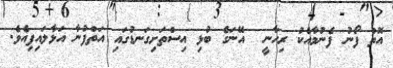
އޮތް ފޯނު ފެނުމާއެކު ރިހާނީ  އޭނަގެ ބުޅި އިސްތަށިގަނޑުގައި އަތްފުނާ އަޅާލައިފިއެވެ.